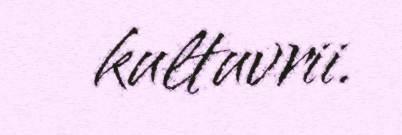
kultuvrii.